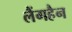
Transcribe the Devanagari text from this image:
लैंगहैन